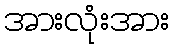
အားလုံးအား